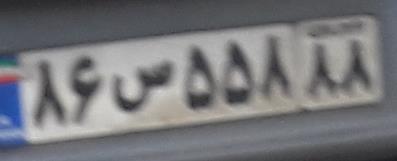
۸۶س۵۵۸۸۸